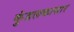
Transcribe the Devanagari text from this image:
कुंडलकासार